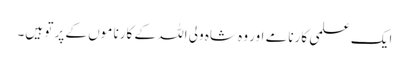
ایک علمی کارنامے اور وہ شاہ ولی اللہ کے کارنا موں کے پر تو ہیں۔